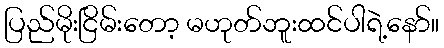
ပြည်မိုးငြိမ်းတော့ မဟုတ်ဘူးထင်ပါရဲ့နော်။